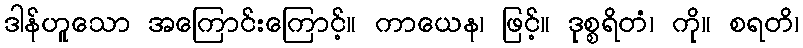
ဒါန်ဟူသော အကြောင်းကြောင့်။ ကာယေန၊ ဖြင့်။ ဒုစ္စရိတံ၊ ကို။ စရတိ၊